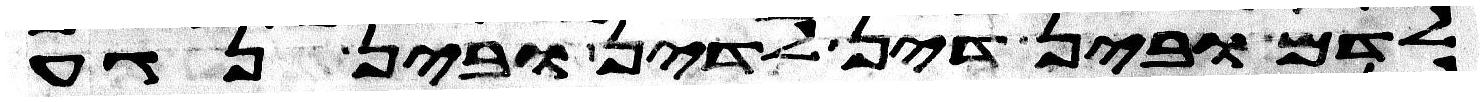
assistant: לדם ובין דין לדין ובין נגע